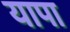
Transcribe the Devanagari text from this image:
यापा